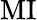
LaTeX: \mathrm{MI}